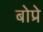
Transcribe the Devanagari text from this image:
बोप्रे